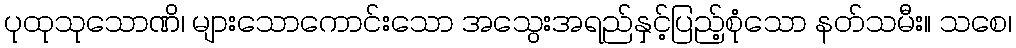
ပုထုသုသောဏိ၊ များသောကောင်းသော အသွေးအရည်နှင့်ပြည့်စုံသော နတ်သမီး။ သစေ၊